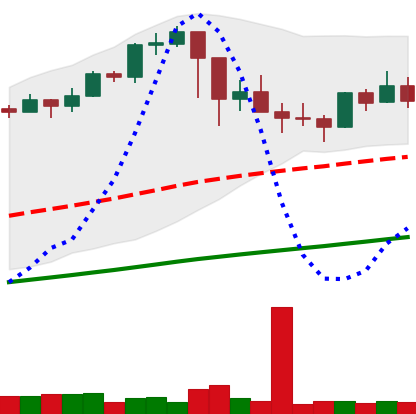
Ticker: BTC-USD
Chart end date: 2021-03-04
Forward return: 12.897%
Label: up_7plus